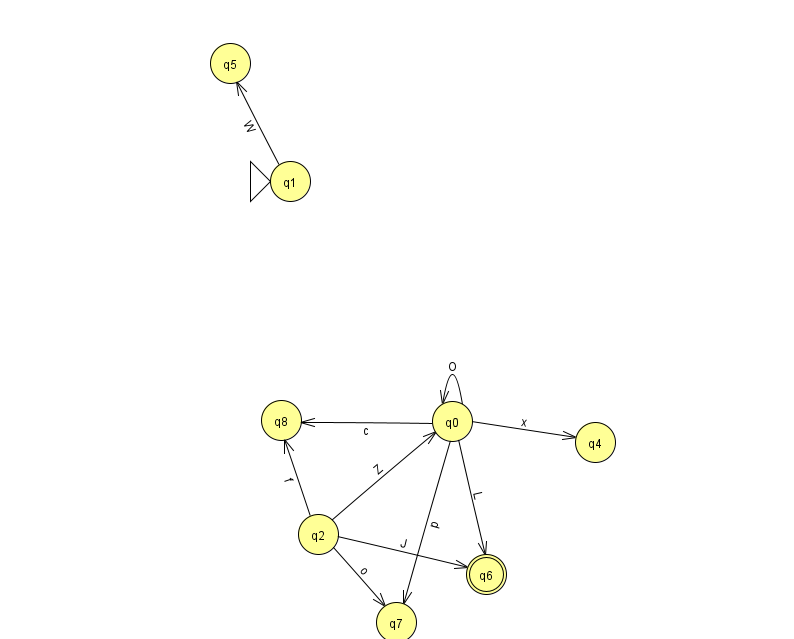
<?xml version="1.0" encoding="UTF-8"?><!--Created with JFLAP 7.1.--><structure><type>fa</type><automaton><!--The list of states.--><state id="0" name="q0"><x>452.0</x><y>408.0</y></state><state id="1" name="q1"><x>290.0</x><y>168.0</y><initial/></state><state id="2" name="q2"><x>318.0</x><y>521.0</y></state><state id="3" name="q3"><x>837.0</x><y>236.0</y></state><state id="4" name="q4"><x>595.0</x><y>429.0</y></state><state id="5" name="q5"><x>230.0</x><y>50.0</y></state><state id="6" name="q6"><x>486.0</x><y>561.0</y><final/></state><state id="7" name="q7"><x>396.0</x><y>609.0</y></state><state id="8" name="q8"><x>281.0</x><y>407.0</y></state><!--The list of transitions.--><transition><from>0</from><to>6</to><read>L</read></transition><transition><from>2</from><to>7</to><read>o</read></transition><transition><from>0</from><to>8</to><read>c</read></transition><transition><from>2</from><to>0</to><read>Z</read></transition><transition><from>0</from><to>4</to><read>x</read></transition><transition><from>0</from><to>7</to><read>p</read></transition><transition><from>3</from><to>3</to><read>g</read></transition><transition><from>1</from><to>5</to><read>W</read></transition><transition><from>0</from><to>0</to><read>O</read></transition><transition><from>2</from><to>6</to><read>J</read></transition><transition><from>2</from><to>8</to><read>f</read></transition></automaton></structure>